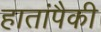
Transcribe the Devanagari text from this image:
हातांपैकी